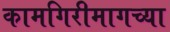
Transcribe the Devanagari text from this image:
कामगिरीमागच्या